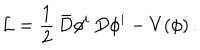
{ \cal L } = \frac { 1 } { 2 } \, \bar { D } \phi ^ { i } \, D \phi ^ { i } - V ( \phi ) \, .